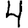
Digit: 4